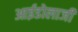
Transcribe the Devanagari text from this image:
आईडोलाजी